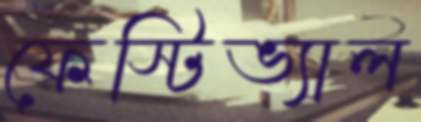
ফেস্টিভ্যাল